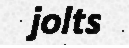
jolts